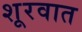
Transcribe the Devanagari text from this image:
शूरवात